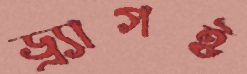
ড্র্যাগই